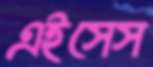
এইসেস